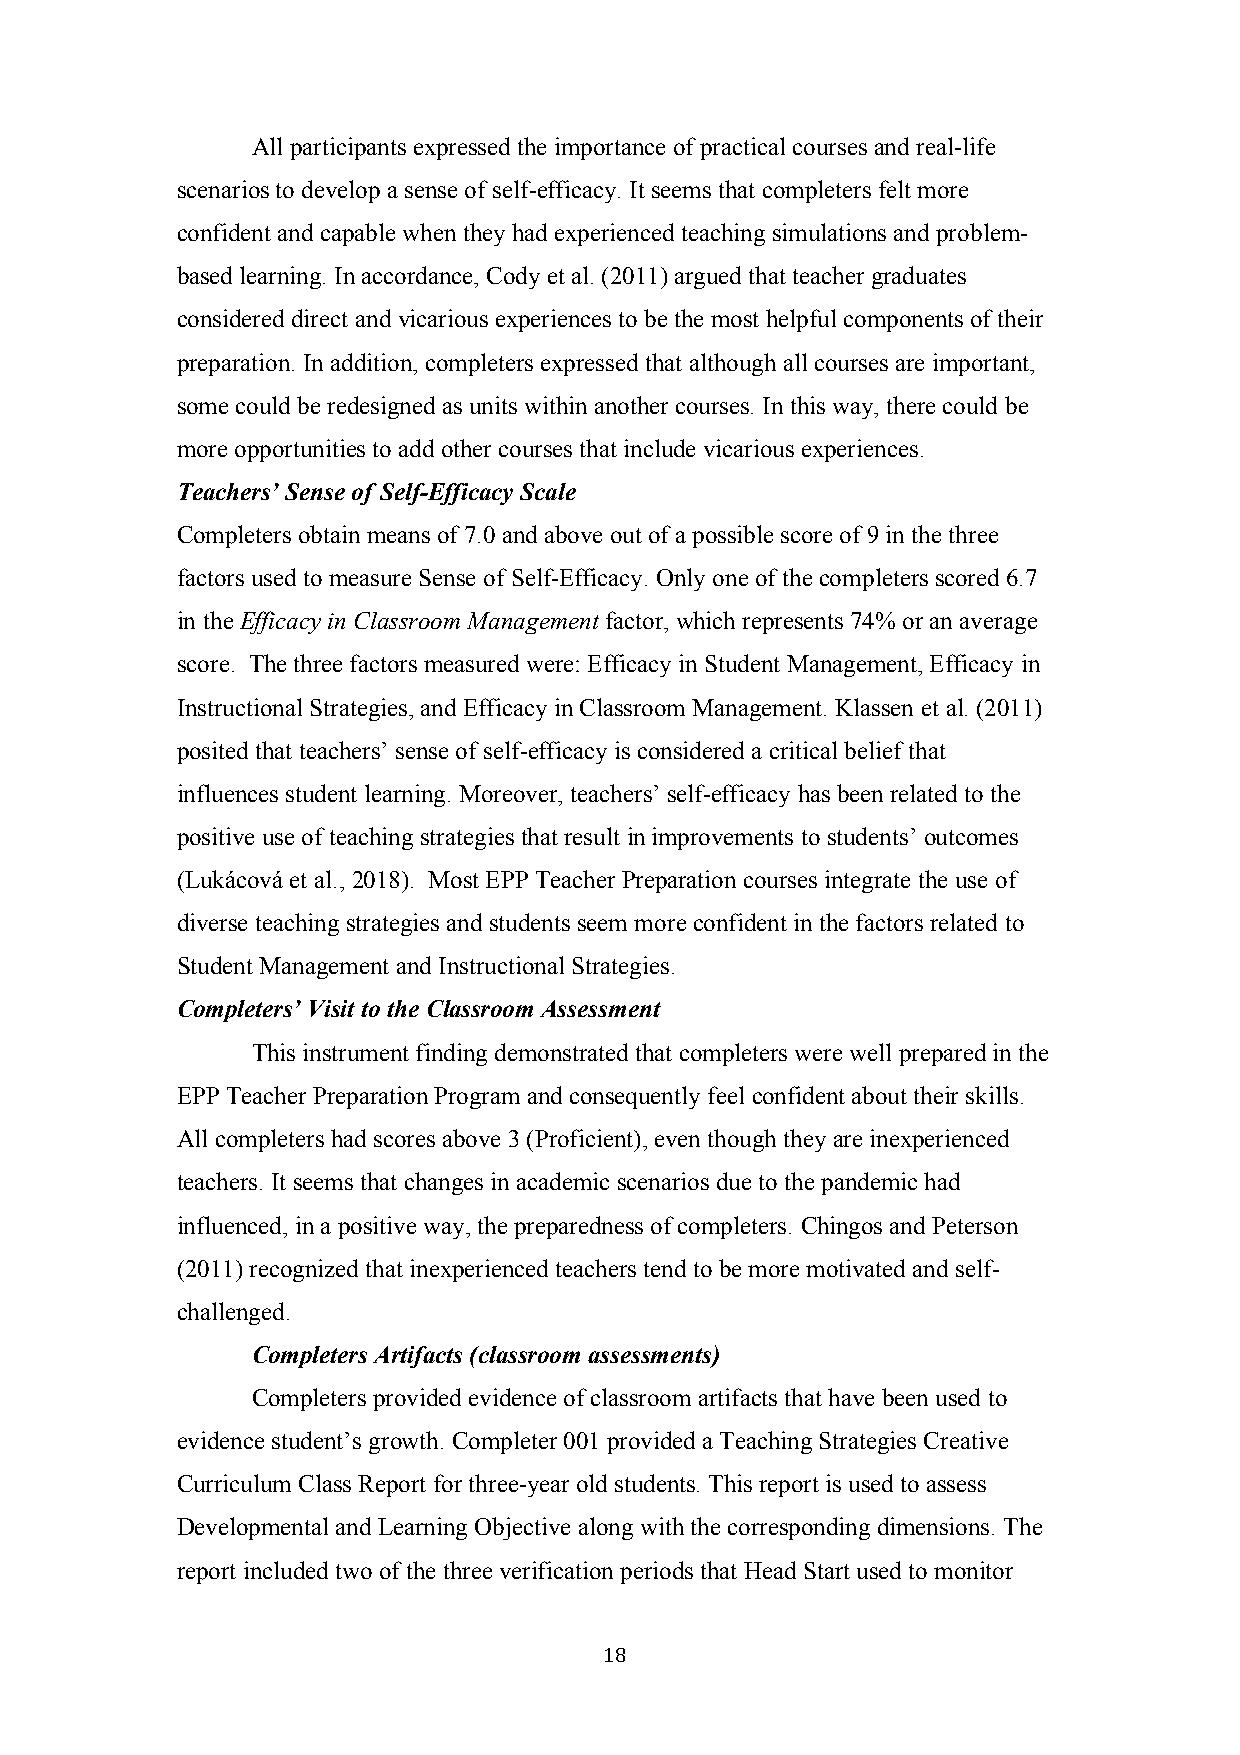
All participants expressed the importance of practical courses and real-life
 scenarios to develop a sense of self-efficacy. It seems that completers felt more
 confident and capable when they had experienced teaching simulations and problem-
 based learning. In accordance, Cody et al. (2011) argued that teacher graduates
 considered direct and vicarious experiences to be the most helpful components of their
 preparation. In addition, completers expressed that although all courses are important,
 some could be redesigned as units within another courses. In this way, there could be
 more opportunities to add other courses that include vicarious experiences.
 Teachers’ Sense of Self-Efficacy Scale
 Completers obtain means of 7.0 and above out of a possible score of 9 in the three
 factors used to measure Sense of Self-Efficacy. Only one of the completers scored 6.7
 in the Efficacy in Classroom Management factor, which represents 74% or an average
 score. The three factors measured were: Efficacy in Student Management, Efficacy in
 Instructional Strategies, and Efficacy in Classroom Management. Klassen et al. (2011)
 posited that teachers’ sense of self-efficacy is considered a critical belief that
 influences student learning. Moreover, teachers’ self-efficacy has been related to the
 positive use of teaching strategies that result in improvements to students’ outcomes
 (Lukácová et al., 2018). Most EPP Teacher Preparation courses integrate the use of
 diverse teaching strategies and students seem more confident in the factors related to
 Student Management and Instructional Strategies.
 Completers’ Visit to the Classroom Assessment
 This instrument finding demonstrated that completers were well prepared in the
 EPP Teacher Preparation Program and consequently feel confident about their skills.
 All completers had scores above 3 (Proficient), even though they are inexperienced
 teachers. It seems that changes in academic scenarios due to the pandemic had
 influenced, in a positive way, the preparedness of completers. Chingos and Peterson
 (2011) recognized that inexperienced teachers tend to be more motivated and self-
 challenged.
 Completers Artifacts (classroom assessments)
 Completers provided evidence of classroom artifacts that have been used to
 evidence student’s growth. Completer 001 provided a Teaching Strategies Creative
 Curriculum Class Report for three-year old students. This report is used to assess
 Developmental and Learning Objective along with the corresponding dimensions. The
 report included two of the three verification periods that Head Start used to monitor
 18